Lunatic asylums United Prov. 1922-30 - 1922-1930
Year: 1922
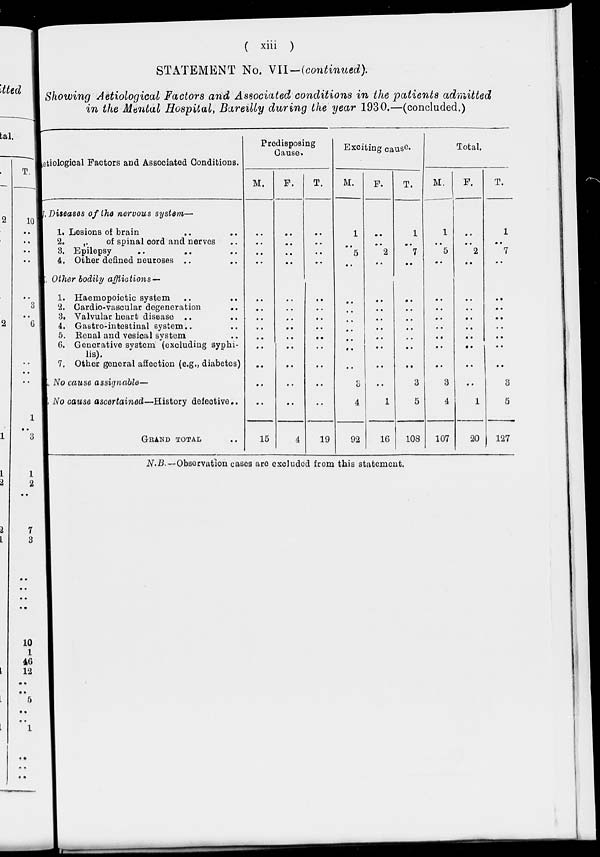
( xiii )
STATEMENT No. VII—(continued).
Showing Aetiological Factors and Associated conditions in the patients admitted
in the Mental Hospital, Bareilly during the year 1930.—(concluded.)
Aetiological Factors and Associated Conditions.
J.
K.
L.
M.
Diseases of the nervous system—
1. Lesions of brain .. ..
2.
„
of spinal cord and nerves ..
3. Epilepsy .. .. ..
4. Other defined neuroses .. ..
Other bodily afflictions —
1. Haemopoietic system .. ..
2. Cardio-vascular degeneration
..
3. Valvular heart disease .. ..
4. Gastro-intestinal system .. ..
5. Renal and vesical system ..
6. Generative system (excluding syphi-
lis).
7. Other general affection (e.g., diabetes)
No cause assignable—
No cause ascertained—History defective ..
GRAND TOTAL ..
Predisposing
Cause.
M.
..
..
..
..
..
..
..
..
..
..
..
..
..
15
F.
..
..
..
..
..
..
..
..
..
..
..
..
..
4
T.
..
..
..
..
..
..
..
..
..
..
..
..
..
19
Exciting cause.
M.
1
..
5
..
..
..
..
..
..
..
..
3
4
92
F.
..
..
2
..
..
..
..
..
..
..
..
..
1
16
T.
1
..
7
..
..
..
..
..
..
..
..
3
5
108
Total.
M.
1
..
5
..
..
..
..
..
..
..
..
3
4
107
F.
..
..
2
..
..
..
..
..
..
..
..
..
1
20
T.
1
..
7
..
..
..
..
..
..
..
..
3
5
127
N.B.—Observation cases are excluded from this statement.